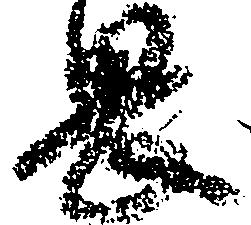
畏